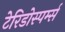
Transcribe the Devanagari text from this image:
टेरिडोस्पर्म्स